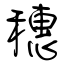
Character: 穗